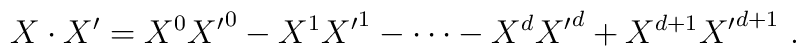
X\cdot X'  = {X^0} {X'}^0 - {X^1} {X'}^1 - \cdots - {X^d}{X'}^d   + X^{d+1}  {X'}^{d+1}\ .